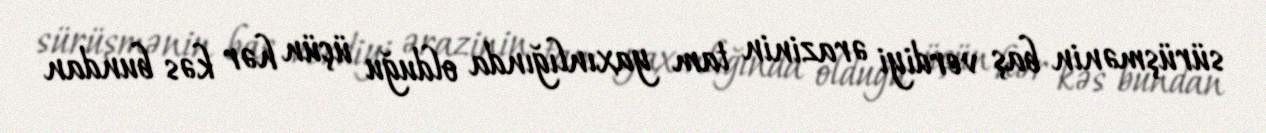
sürüşmənin baş verdiyi ərazinin tam yaxınlığında olduğu üçün hər kəs bundan